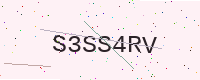
Text: S3SS4RV